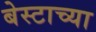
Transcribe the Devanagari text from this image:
बेस्टाच्या